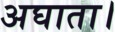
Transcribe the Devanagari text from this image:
अघाता।